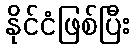
နိုင်ငံဖြစ်ပြီး